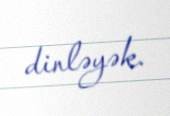
dinləyək.